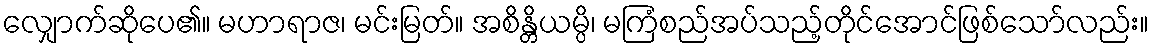
လျှောက်ဆိုပေ၏။ မဟာရာဇ၊ မင်းမြတ်။ အစိန္တိယမ္ပိ၊ မကြံစည်အပ်သည့်တိုင်အောင်ဖြစ်သော်လည်း။